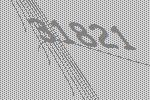
31821